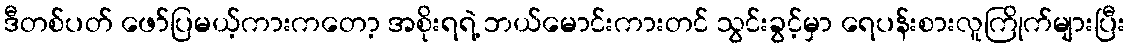
ဒီတစ်ပတ် ဖော်ပြမယ့်ကားကတော့ အစိုးရရဲ့ ဘယ်မောင်းကားတင် သွင်းခွင့်မှာ ရေပန်းစားလူကြိုက်များပြီး